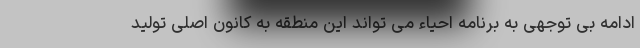
ادامه بی توجهی به برنامه احیاء می تواند این منطقه به کانون اصلی تولید